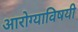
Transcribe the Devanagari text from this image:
आरोग्याविषयी